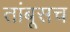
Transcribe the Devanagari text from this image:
तांबूसच